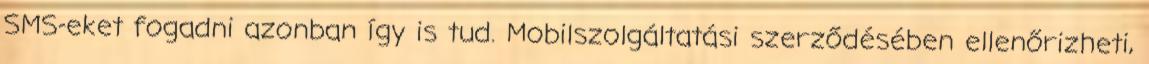
SMS-eket fogadni azonban így is tud. Mobilszolgáltatási szerződésében ellenőrizheti,